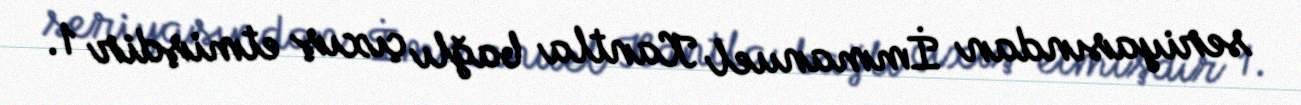
seriyasından İmmanuel Kantla bağlı çıxış etmişdir 1.